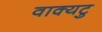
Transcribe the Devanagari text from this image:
वाक्यटु